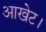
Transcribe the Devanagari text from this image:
आखेट।